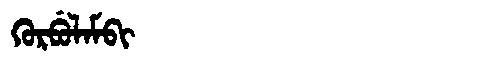
Manchu: ᡴᡠᡵᠪᡠᠯᠠᠮᠪᡳ
Romanization: KURBULAMBI